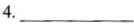
4.___